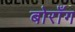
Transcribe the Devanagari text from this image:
बोराँग